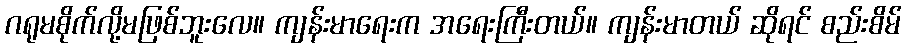
ဂရုမစိုက်လို့မဖြစ်ဘူးလေ။ ကျန်းမာရေးက အရေးကြီးတယ်။ ကျန်းမာတယ် ဆိုရင် စည်းစိမ်